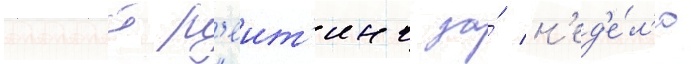
Полныи р'еит'инг за́ н'ед'е́л'ю